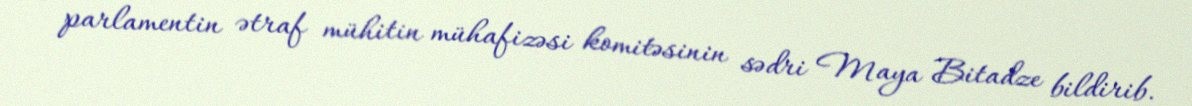
- parlamentin ətraf mühitin mühafizəsi komitəsinin sədri Maya Bitadze bildirib.